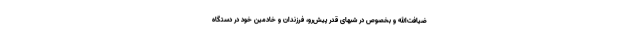
ضیافت‌الله و بخصوص در شبهای قدر پیش‌رو، فرزندان و خادمین خود در دستگاه